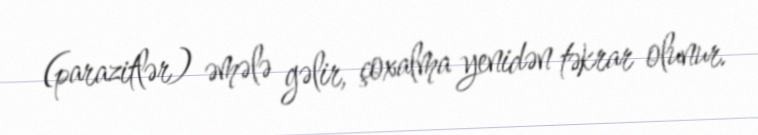
(parazitlər) əmələ gəlir, çoxalma yenidən təkrar olunur.